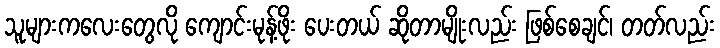
သူများကလေးတွေလို ကျောင်းမုန့်ဖိုး ပေးတယ် ဆိုတာမျိုးလည်း ဖြစ်စေချင်၊ တတ်လည်း